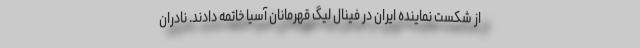
از شکست نماینده ایران در فینال لیگ قهرمانان آسیا خاتمه دادند. نادران